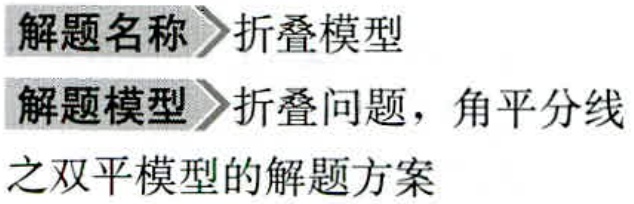
\begin{description}

\item[解题名称] 折叠模型

\item[解题模型] 折叠问题，角平分线之双平模型的解题方案

\end{description}